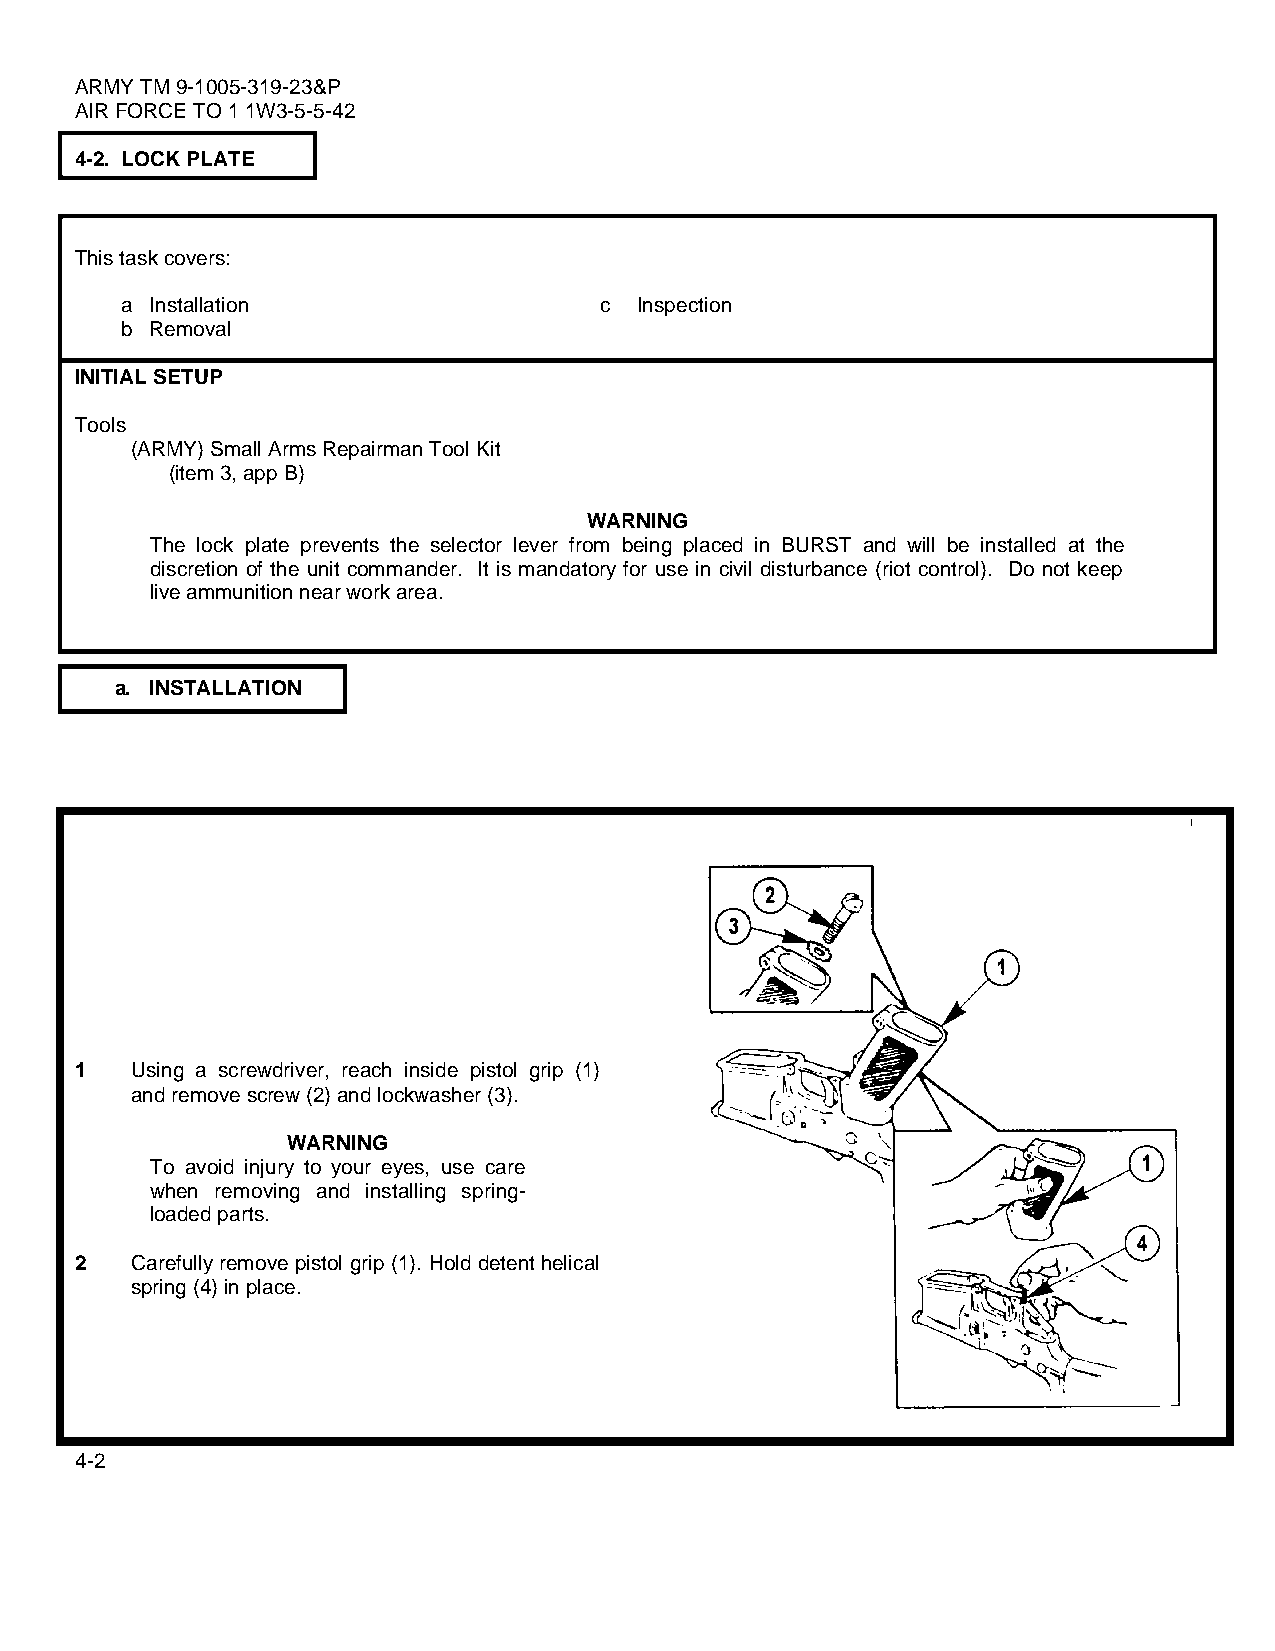
ARMY TM 9-1005-319-23&P
 AIR FORCE TO 1 1W3-5-5-42
 4-2. LOCK PLATE
 This task covers:
 a Installation                  c Inspection
 b Removal
 INITIAL SETUP
 Tools
 (ARMY) Small Arms Repairman Tool Kit
 (item 3, app B)
 WARNING
 The lock plate prevents the selector lever from being placed in BURST and will be installed at the
 discretion of the unit commander. It is mandatory for use in civil disturbance (riot control). Do not keep
 live ammunition near work area.
 a. INSTALLATION
 1   Using a screwdriver, reach inside pistol grip (1)
 and remove screw (2) and lockwasher (3).
 WARNING
 To avoid injury to your eyes, use care
 when removing and installing spring-
 loaded parts.
 2   Carefully remove pistol grip (1). Hold detent helical
 spring (4) in place.
 4-2